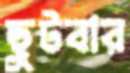
ছুটবার